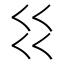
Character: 𰀱